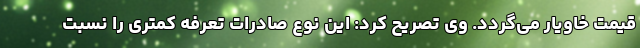
قیمت خاویار می‌گردد. وی تصریح کرد: این نوع صادرات تعرفه کمتری را نسبت